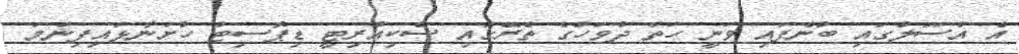
އެ އުސޫލުގައި ބުނެފައި ވަނީ ހަތް ދުވަހުގެ ތެރޭގައި ސެކިއުރިޓީ ޑިޕޮސިޓު ހުށަނާޅައިފިނަމަ